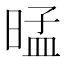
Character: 𰖕